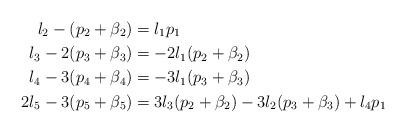
LaTeX: \begin{align*} l_2 - (p_2 + \beta_2) &= l_1p_1\\ l_3 - 2(p_3 + \beta_3) &= -2l_1(p_2 + \beta_2)\\ l_4 - 3(p_4+\beta_4) &= -3l_1(p_3 + \beta_3)\\ 2l_5 - 3(p_5 +\beta_5) &= 3l_3(p_2 + \beta_2) - 3l_2(p_3 + \beta_3) + l_4p_1\end{align*}